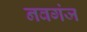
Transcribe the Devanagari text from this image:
नवगंज